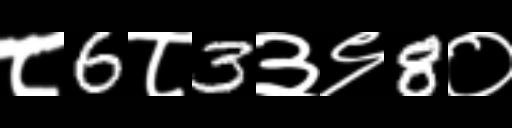
Text: ८6८3३९8०